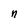
Character: n